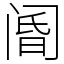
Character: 阍